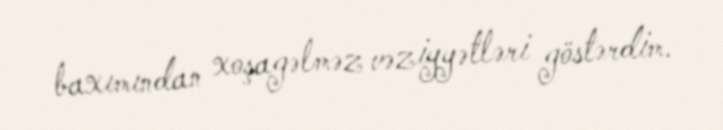
baxımından xoşagəlməz vəziyyətləri göstərdim.